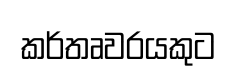
කර්තෘවරයකුට